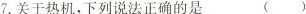
7.关于热机，下列说法正确的是( )